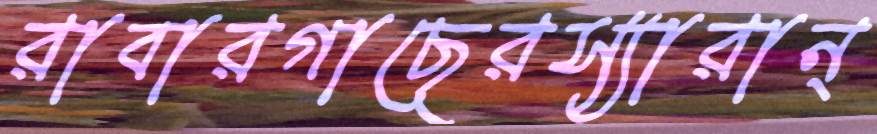
রাবারগাছেরস্যারান্